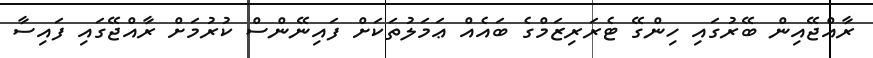
ރާއްޖޭއިން ބޭރުގައި ހިންގޭ ޓެރަރިޒަމްގެ ބައެއް ޢަމަލުތަކަށް ފައިނޭންސް ކުރުމަށް ރާއްޖޭގައި ފައިސާ